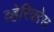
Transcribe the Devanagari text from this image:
व्हेरिकोस